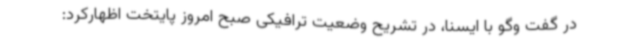
در گفت وگو با ایسنا، در تشریح وضعیت ترافیکی صبح امروز پایتخت اظهارکرد: